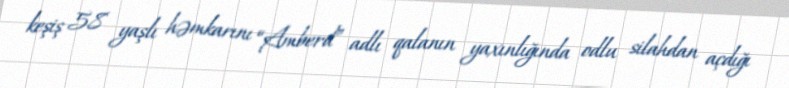
keşiş 58 yaşlı həmkarını “Amberd” adlı qalanın yaxınlığında odlu silahdan açdığı